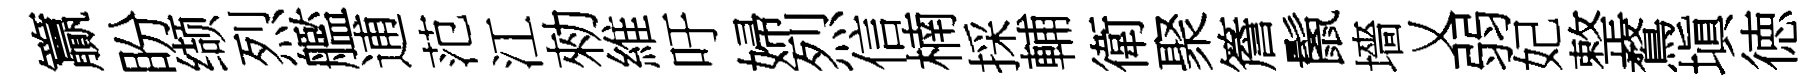
籯盼缬烈艦逋范江勑維吁婦烈信楠採輔衛聚簷鬛墻乂弱妃整鶩塡徳